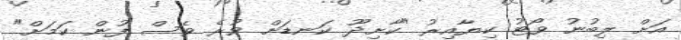
އަށް ލިބުނު ވޯޓު ކިޔާއިރު "ކާށިދޫ ކަނޑަށް ވުރެ ވެސް ފުން ކަމަށް"